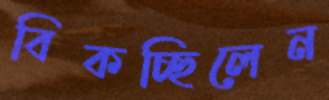
বিকচ্ছিলেন